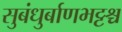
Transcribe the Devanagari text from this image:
सुबंधुर्बाणभट्टश्च